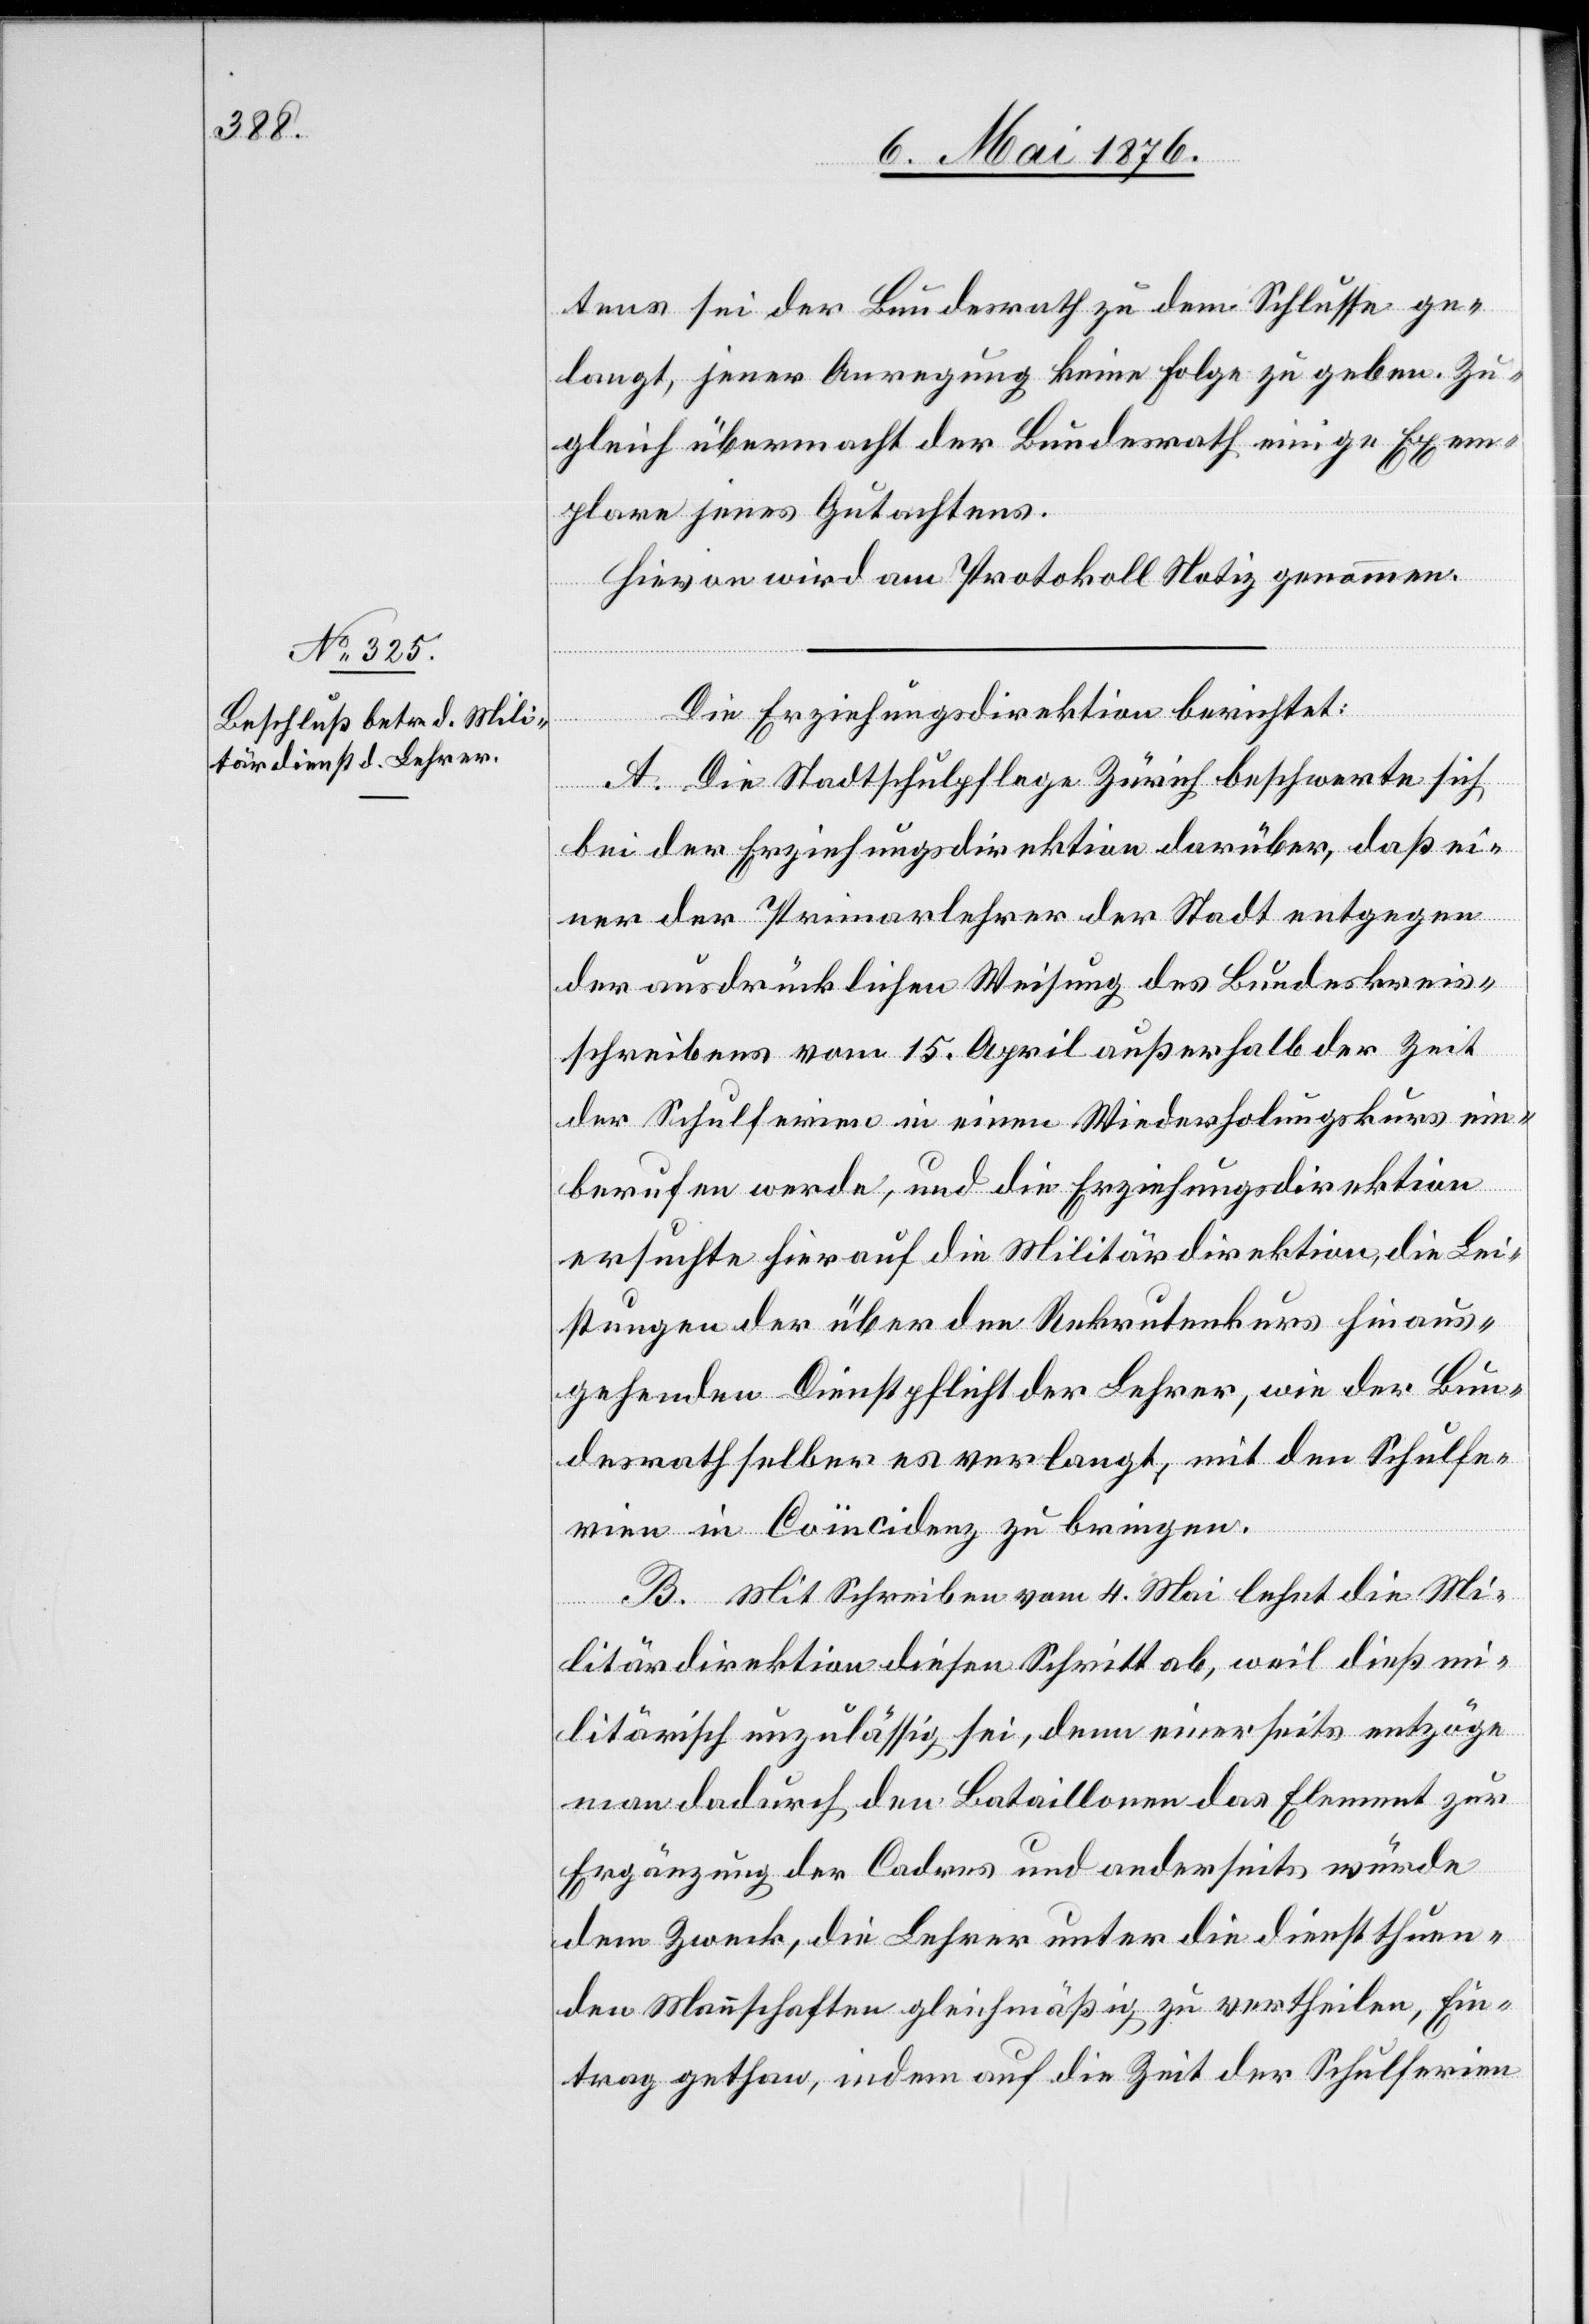
tens sei der Bundesrath zu dem Schlusse ge¬
langt, jener Anregung keine Folge zu geben. Zu¬
gleich übermacht der Bundesrath einige Exem¬
plare jenes Gutachtens.
Hievon wird am Protokoll Notiz genommen.
Die Erziehungsdirektion berichtet:
A. Die Stadtschulpflege Zürich beschwerte sich
bei der Erziehungsdirektion darüber, daß ei¬
ner der Primarlehrer der Stadt entgegen
der ausdrücklichen Weisung des Bundeskreis¬
schreibens vom 15. April außerhalb der Zeit
der Schulferien in einen Wiederholungskurs ein¬
berufen werde, und die Erziehungsdirektion
ersuchte hierauf die Militärdirektion, die Lei¬
stungen der über den Rekrutenkurs hinaus¬
gehenden Dienstpflicht der Lehrer, wie der Bun¬
desrath selber es verlangt, mit den Schulfe¬
rien in Coinzidenz zu bringen.
B. Mit Schreiben vom 4. Mai lehnt die Mi¬
litärdirektion diesen Schritt ab, weil dieß mi¬
litärisch unzulässig sei, denn einerseits entzöge
man dadurch den Bataillonen das Element zur
Ergänzung der Caders und anderseits würde
dem Zweck, die Lehrer unter die dienstthuen¬
den Mannschaften gleichmäßig zu vertheilen, Ein¬
trag gethan, indem auf die Zeit der Schulferien